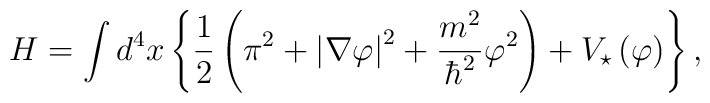
H=\int d^{4}x\left\{  \frac{1}{2}\left(  \pi^{2}+\left|  \nabla\varphi\right|^{2}+\frac{m^{2}}{\hbar^{2}}\varphi^{2}\right)  +V_{\star}\left(\varphi\right)  \right\}  ,